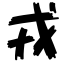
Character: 戎